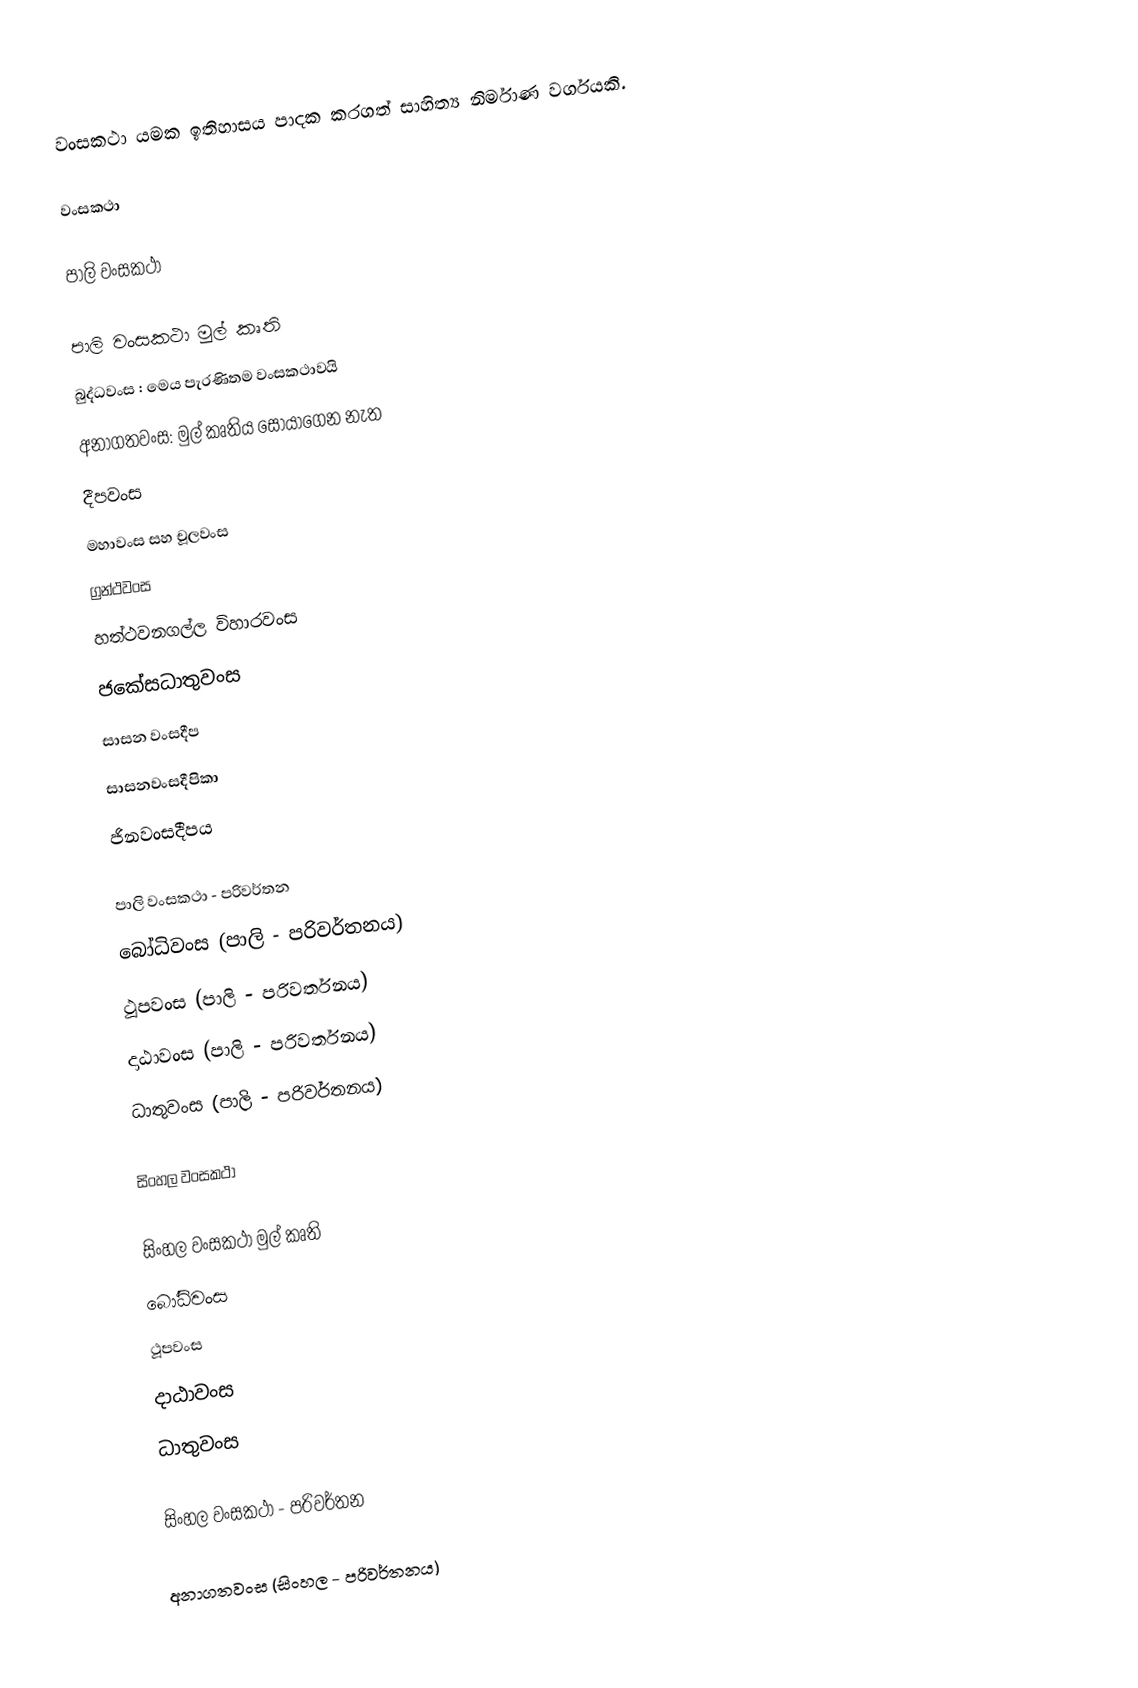
වංසකථා යමක ඉතිහාසය පාදක කරගත් සාහිත්‍ය නිර්මාණ වර්ගයකි.

වංසකථා

පාලි වංසකථා

පාලි වංසකථා මුල් කෘති
 බුද්ධවංස : මෙය පැරණිතම වංසකථාවයි
 අනාගතවංස: මුල් කෘතිය සොයාගෙන නැත
 දීපවංස
  මහාවංස සහ චූලවංස
 ග්‍රන්ථවංස
 හත්ථවනගල්ල විහාරවංස
 ජකේසධාතුවංස
 සාසන වංසදීප
 සාසනවංසදීපිකා
 ජිනවංසදීපය

පාලි වංසකථා - පරිවර්තන
 බෝධිවංස (පාලි - පරිවර්තනය)
 ථූපවංස (පාලි - පරිවර්තනය)
 දාඨාවංස (පාලි - පරිවර්තනය)
 ධාතුවංස (පාලි - පරිවර්තනය)

සිංහල වංසකථා

සිංහල වංසකථා මුල් කෘති
 බෝධිවංස
 ථූපවංස
 දාඨාවංස
 ධාතුවංස

සිංහල වංසකථා - පරිවර්තන

 අනාගතවංස (සිංහල  - පරිවර්තනය)